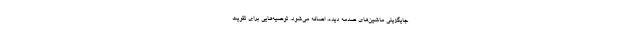
جایگزینی ماشین‌های صدمه دیده، اضافه می‌شود. توصیه‌هایی برای تقویت